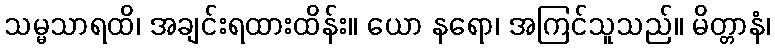
သမ္မသာရထိ၊ အချင်းရထားထိန်း။ ယော နရော၊ အကြင်သူသည်။ မိတ္တာနံ၊